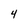
Character: 4